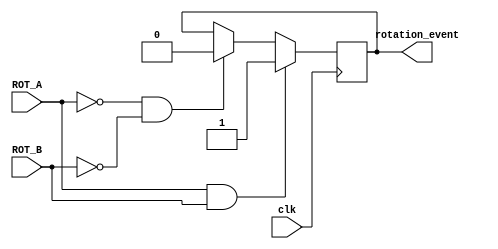
`timescale 1ns / 1ps
//////////////////////////////////////////////////////////////////////////////////
// Company: 
// Engineer: 
// 
// Design Name: 
// Module Name:    rotary_shaft 
// Project Name: 
// Target Devices: 
// Tool versions: 
// Description: 
//
// Dependencies: 
//
// Revision: 
// Revision 0.01 - File Created
// Additional Comments: 
//
//////////////////////////////////////////////////////////////////////////////////
module rotary_shaft(clk, ROT_A, ROT_B,rotation_event
    );
	 input clk, ROT_A, ROT_B;
	 output rotation_event;
	 reg rotation_event;
	 
	 always @(posedge clk) begin
		if(ROT_A==1 & ROT_B==1)begin
			rotation_event <=1 ;
		end
		else if(ROT_A==0 & ROT_B==0)begin
			rotation_event <= 0;
		end
	end


endmodule